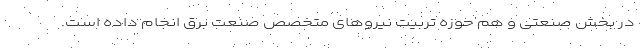
در بخش صنعتی و هم حوزه تربیت نیروهای متخصص صنعت برق انجام داده است.